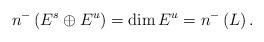
LaTeX: \begin{align*}n^{-}\left( E^{s}\oplus E^{u}\right) =\dim E^{u}=n^{-}\left( L\right) .\end{align*}